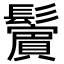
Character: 𩯭